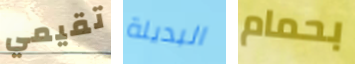
تقيمي البديلة بحمام